Eesti_Teaduste_Akadeemia, lk 84
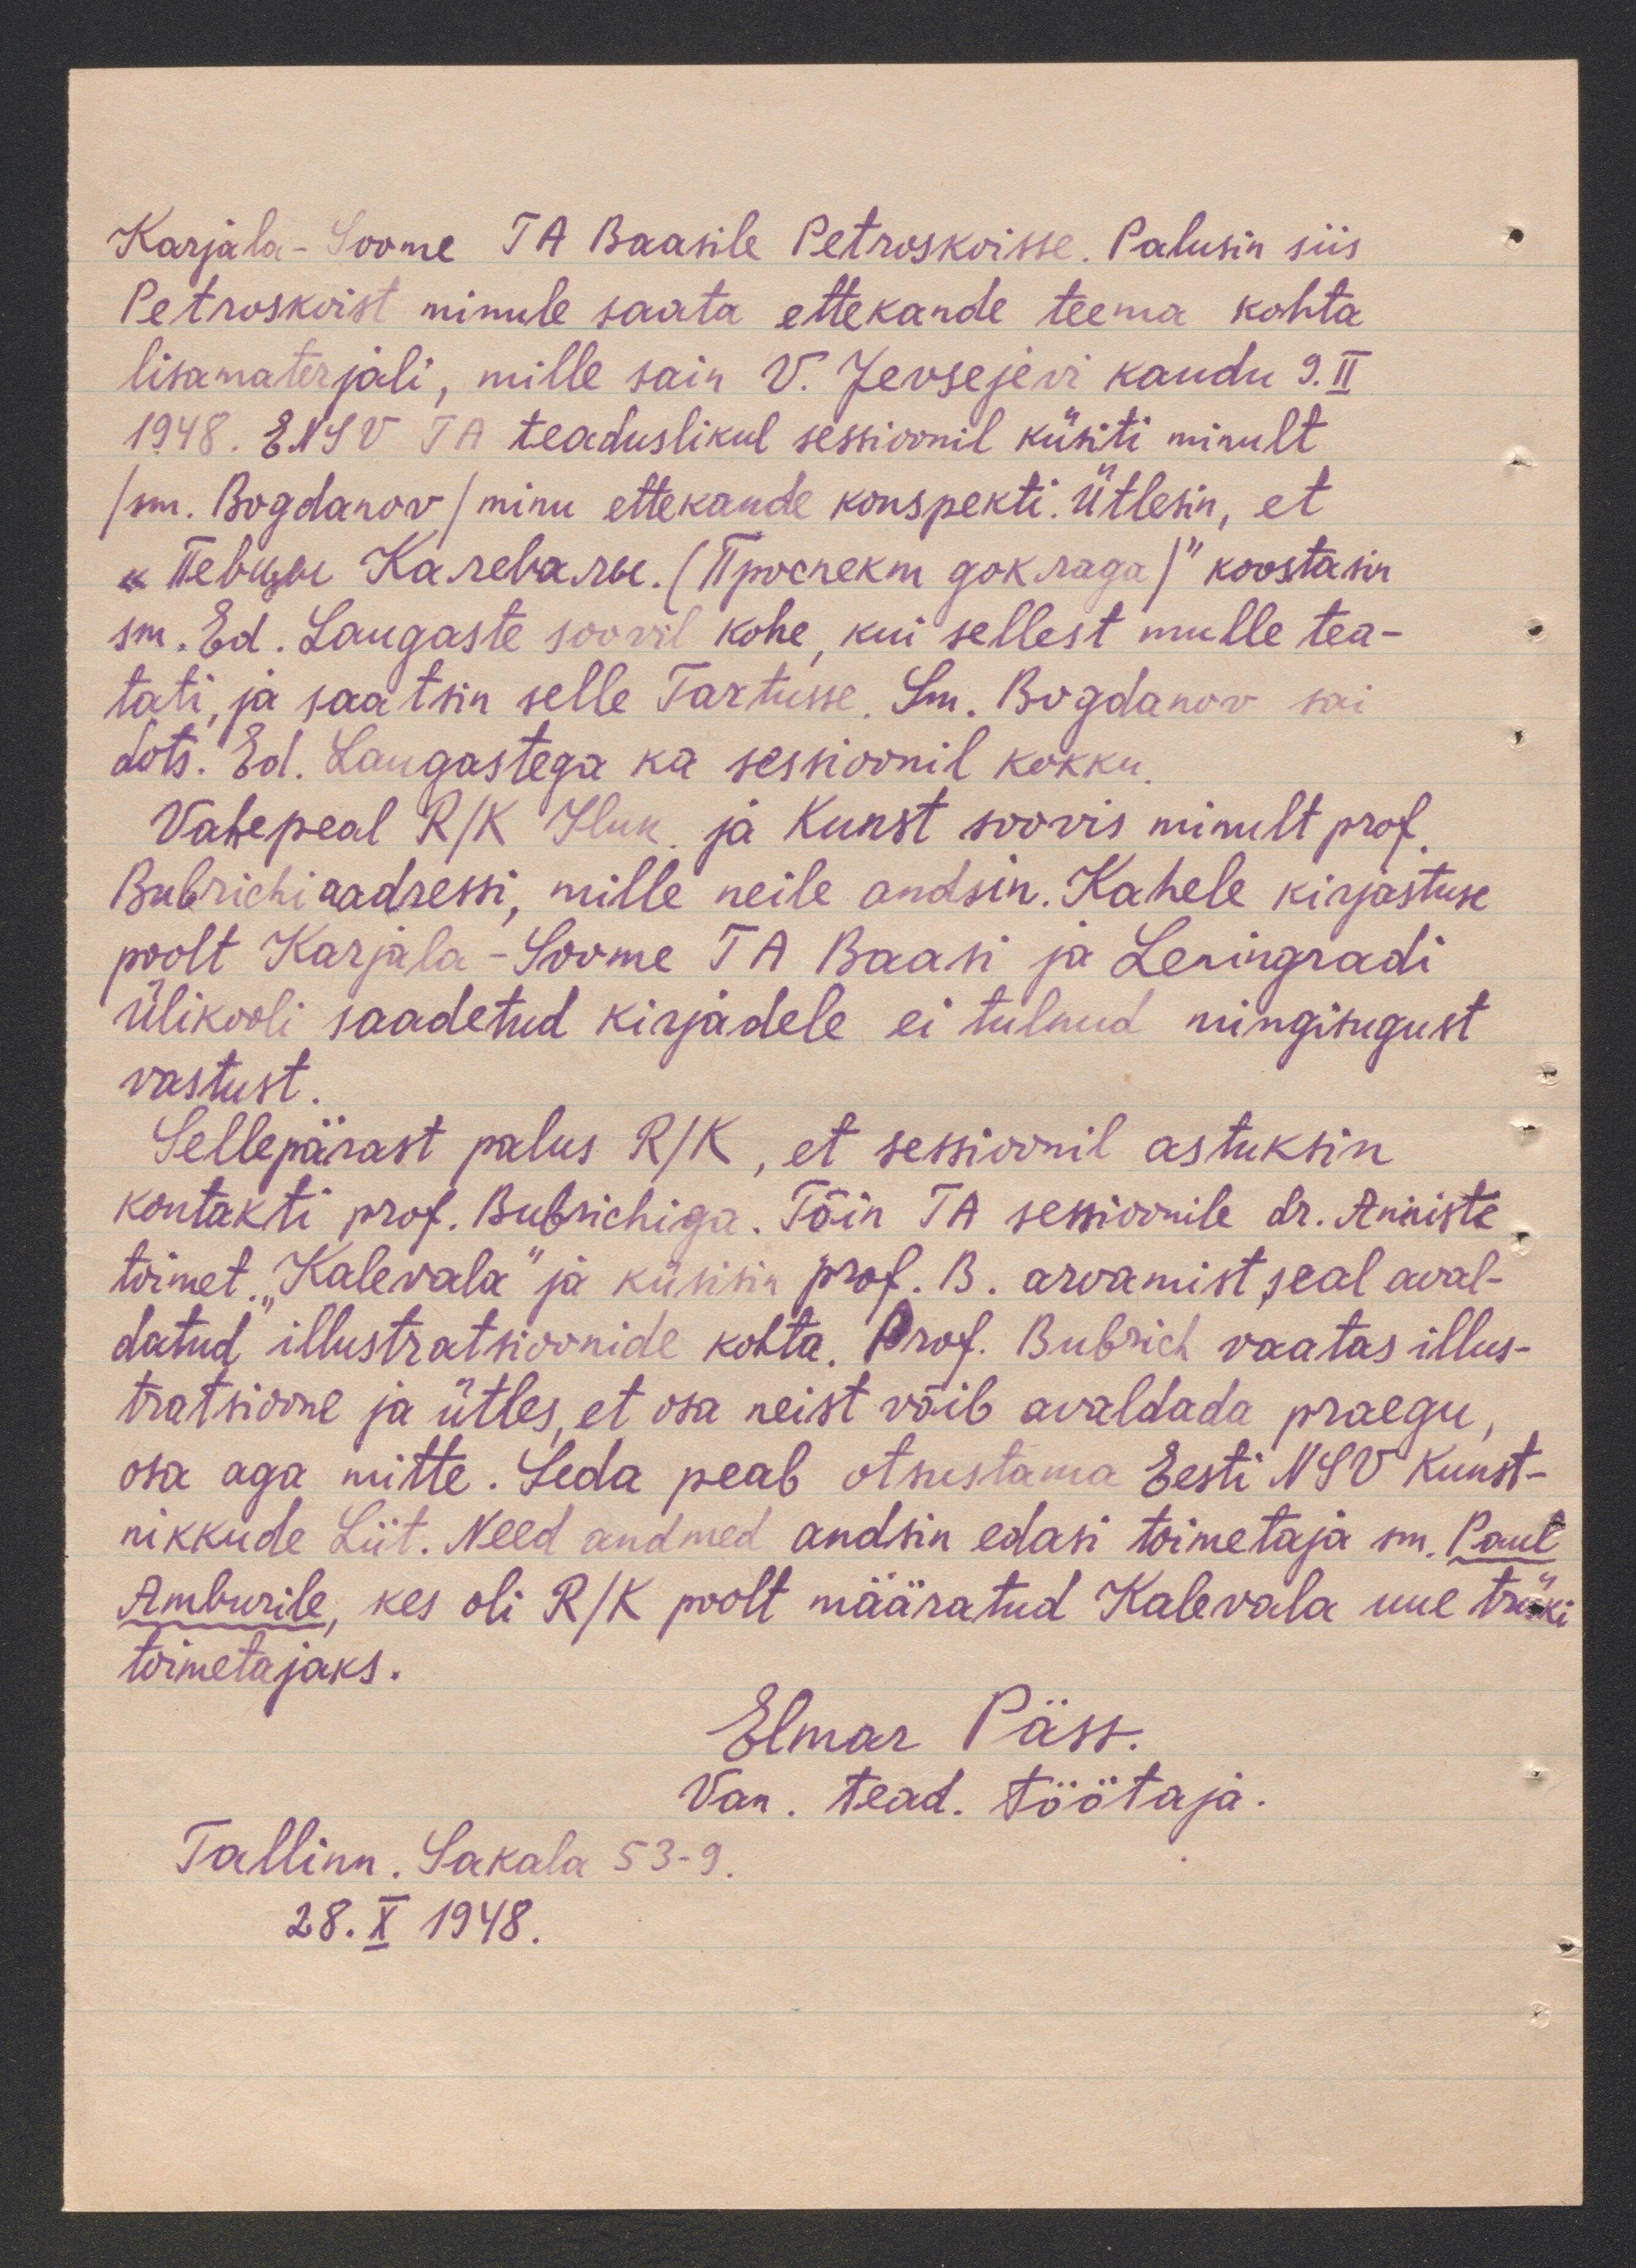
Karjala-Soome, TA Baasile Petroskoisse. Palusin siis
Petroskoist nimule saata ettekande teema kohta
lisamaterjali, mille sain V. Jevsejevi kaudu 9. II.
1948. ENSV TA teaduslikul sessioonil küsiti minult
/sm. Bogdanov /minu ettekande konspekti. Ütlesin, et
„Тевизи Качевальи. (Просшеки зокада)" koostasin
sm. Ed. Laugaste soovil kohe, kui sellest mulle tea-
tati, ja saatsin selle Tartusse. Sm. Bogdanov sai
dots." Ed. Laugastega ka sessoonil kokku.
Vahepeal R/K Iluk. ja Kunst soovis minult prof.
Bubrichi aadressi, mille neile andsin. Kahele kirjastuse
poolt Karjala-Soome TA Baasi ja Leningradi
ülikooli saadetud kirjadele ei tulnud mingisugust
vastust.
Sellepärast palus R/K, et sessioonil astuksin
kontakti prof. Bubrichiga. Tõin TA sessioonile hr. Anniste
toimet. "Kalevala" ja küsisin prof. B. arvamist, seal aval-
datud illustratsioonide kohta. Prof. Bubrich vaatas illus-
tratsioone ja ütles, et osa neist võib avaldada praegu,
osa aga mitte. Seda peab otsustama Eesti NSV Kunst-
nikkude Liit. Need andmed andsin edasi toimetaja sm. Paul
Amburile, kes oli R/K poolt määratud Kalevala uue trüki
toimetajaks.
Elmar Päss.
Van. tead. töötaja.
Tallinn. Sakala 53-9.
28. X 1948.